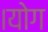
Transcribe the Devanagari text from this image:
।योग